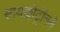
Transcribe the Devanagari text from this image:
सायक्लोट्रॉनने